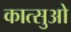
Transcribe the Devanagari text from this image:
कात्सुओ